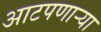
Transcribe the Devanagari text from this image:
आटपणाऱ्या